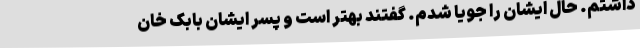
داشتم. حال ایشان را جویا شدم. گفتند بهتر است و پسر ایشان بابک خان